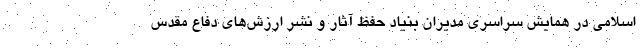
اسلامی در همایش سراسری مدیران بنیاد حفظ آثار و نشر ارزش‌های دفاع مقدس